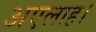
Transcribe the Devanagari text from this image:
अएलाह।